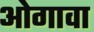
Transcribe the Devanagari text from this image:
ओगावा